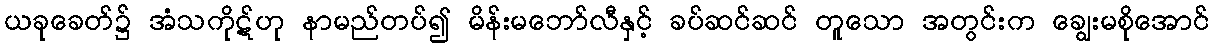
ယခုခေတ်၌ အံသကိုဋ်ဟု နာမည်တပ်၍ မိန်းမဘော်လီနှင့် ခပ်ဆင်ဆင် တူသော အတွင်းက ချွေးမစိုအောင်